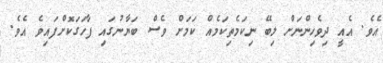
އެވެ. އެއީ ދިވެހިންނަށް ލިބޭ ނިކަމެތިކަމެއް ކަމަށް ވެސް ބަޔާނުގައި ފާހަގަކޮށްފައިވެ އެެވެ.